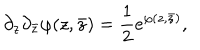
\partial _ { z } \partial _ { \bar { z } } \varphi ( z , \bar { z } ) = { \frac { 1 } { 2 } } e ^ { \varphi ( z , \bar { z } ) } ,